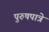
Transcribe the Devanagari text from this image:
पुरुषपात्रे